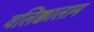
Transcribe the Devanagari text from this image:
वलिक्कालाम